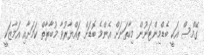
ގޭމްސް އަކީ ބެޑްމިންޓަނުން މިހާތަނަށް އެންމެ ބޮޑަށް ތައްޔާރުވާ މުބާރާތް ކަމަށާއި އަމާޒަކީ